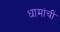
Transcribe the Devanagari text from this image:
धामांची